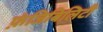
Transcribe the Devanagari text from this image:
फ़ंजिबिलिटी